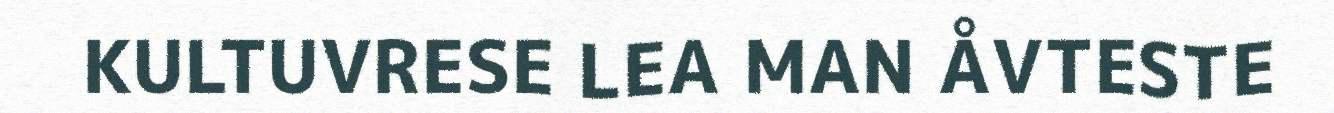
KULTUVRESE LEA MAN ÅVTESTE